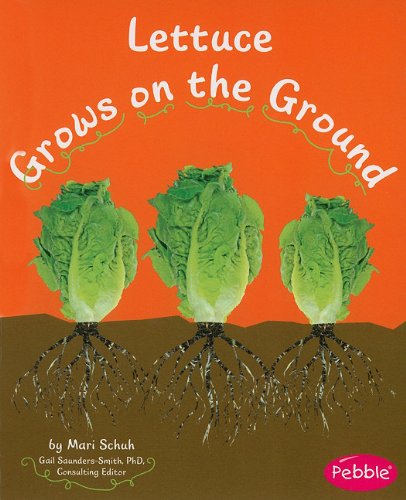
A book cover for Lettuce Grows on the Ground (How Fruits and Vegetables Grow); Mari Schuh; Children's Books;